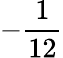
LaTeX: -{\frac{1}{12}}